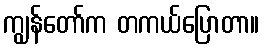
ကျွန်တော်က တကယ်ပြောတာ။